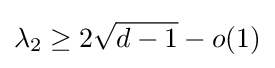
\lambda _{2}\geq 2{\sqrt {d-1}}-o(1)